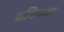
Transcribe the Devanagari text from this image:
धमिनका